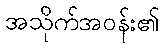
အသိုက်အဝန်း၏